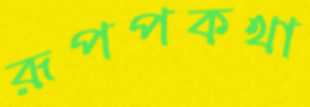
রূপপকথা